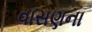
વાસણના